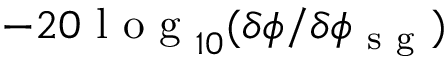
- 2 0 \mathrm { ~ l ~ o ~ g ~ } _ { 1 0 } ( \delta \phi / \delta \phi _ { \mathrm { ~ s ~ g ~ } } )